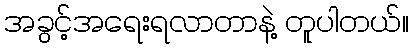
အခွင့်အရေးရလာတာနဲ့ တူပါတယ်။